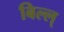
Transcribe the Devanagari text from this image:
बिल्ल्